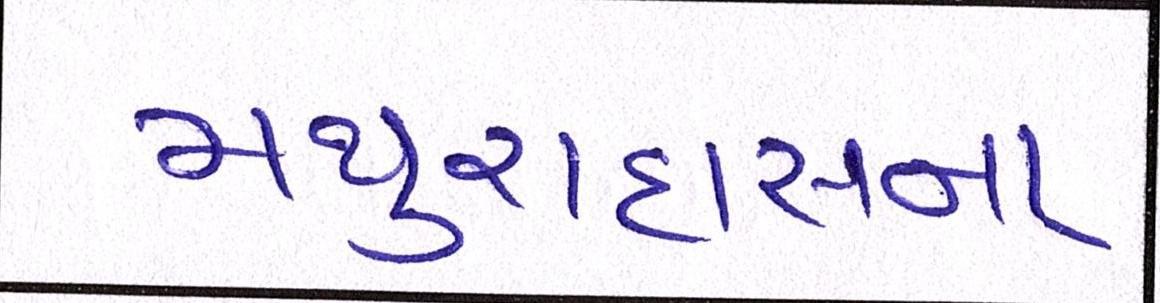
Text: મથુરાદાસના